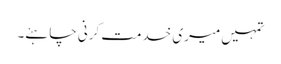
تمہیں میری خدمت کرنی چاہئے۔